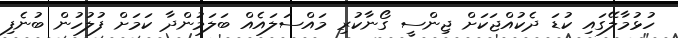
ހުޅުމާލޭގައި ކުޑަ ދެކުއްޖަކަށް ޖިންސީ ގޯނާކުރި މައްސަލައެއް ބަލަމުންދާ ކަމަށް ފުލުހުން ބުނެފި